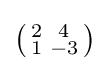
\left({\begin{smallmatrix}2&4\\1&-3\\\end{smallmatrix}}\right)